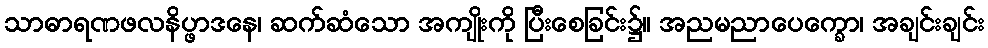
သာဓာရဏဖလနိပ္ဖာဒနေ၊ ဆက်ဆံသော အကျိုးကို ပြီးစေခြင်း၌။ အညမညာပေက္ခော၊ အချင်းချင်း